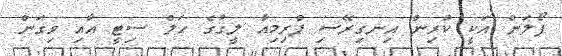
ފޯލަން އަކީ ކުރިން އިނގިރޭސި ޕްރިމިއާ ލީގުގެ ހަލް ސިޓީ އާއި ވިގަން